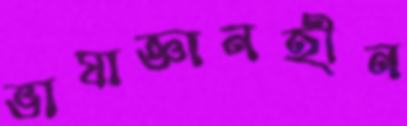
ভাষাজ্ঞানহীন